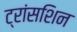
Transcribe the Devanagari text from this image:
ट्रांसशिन